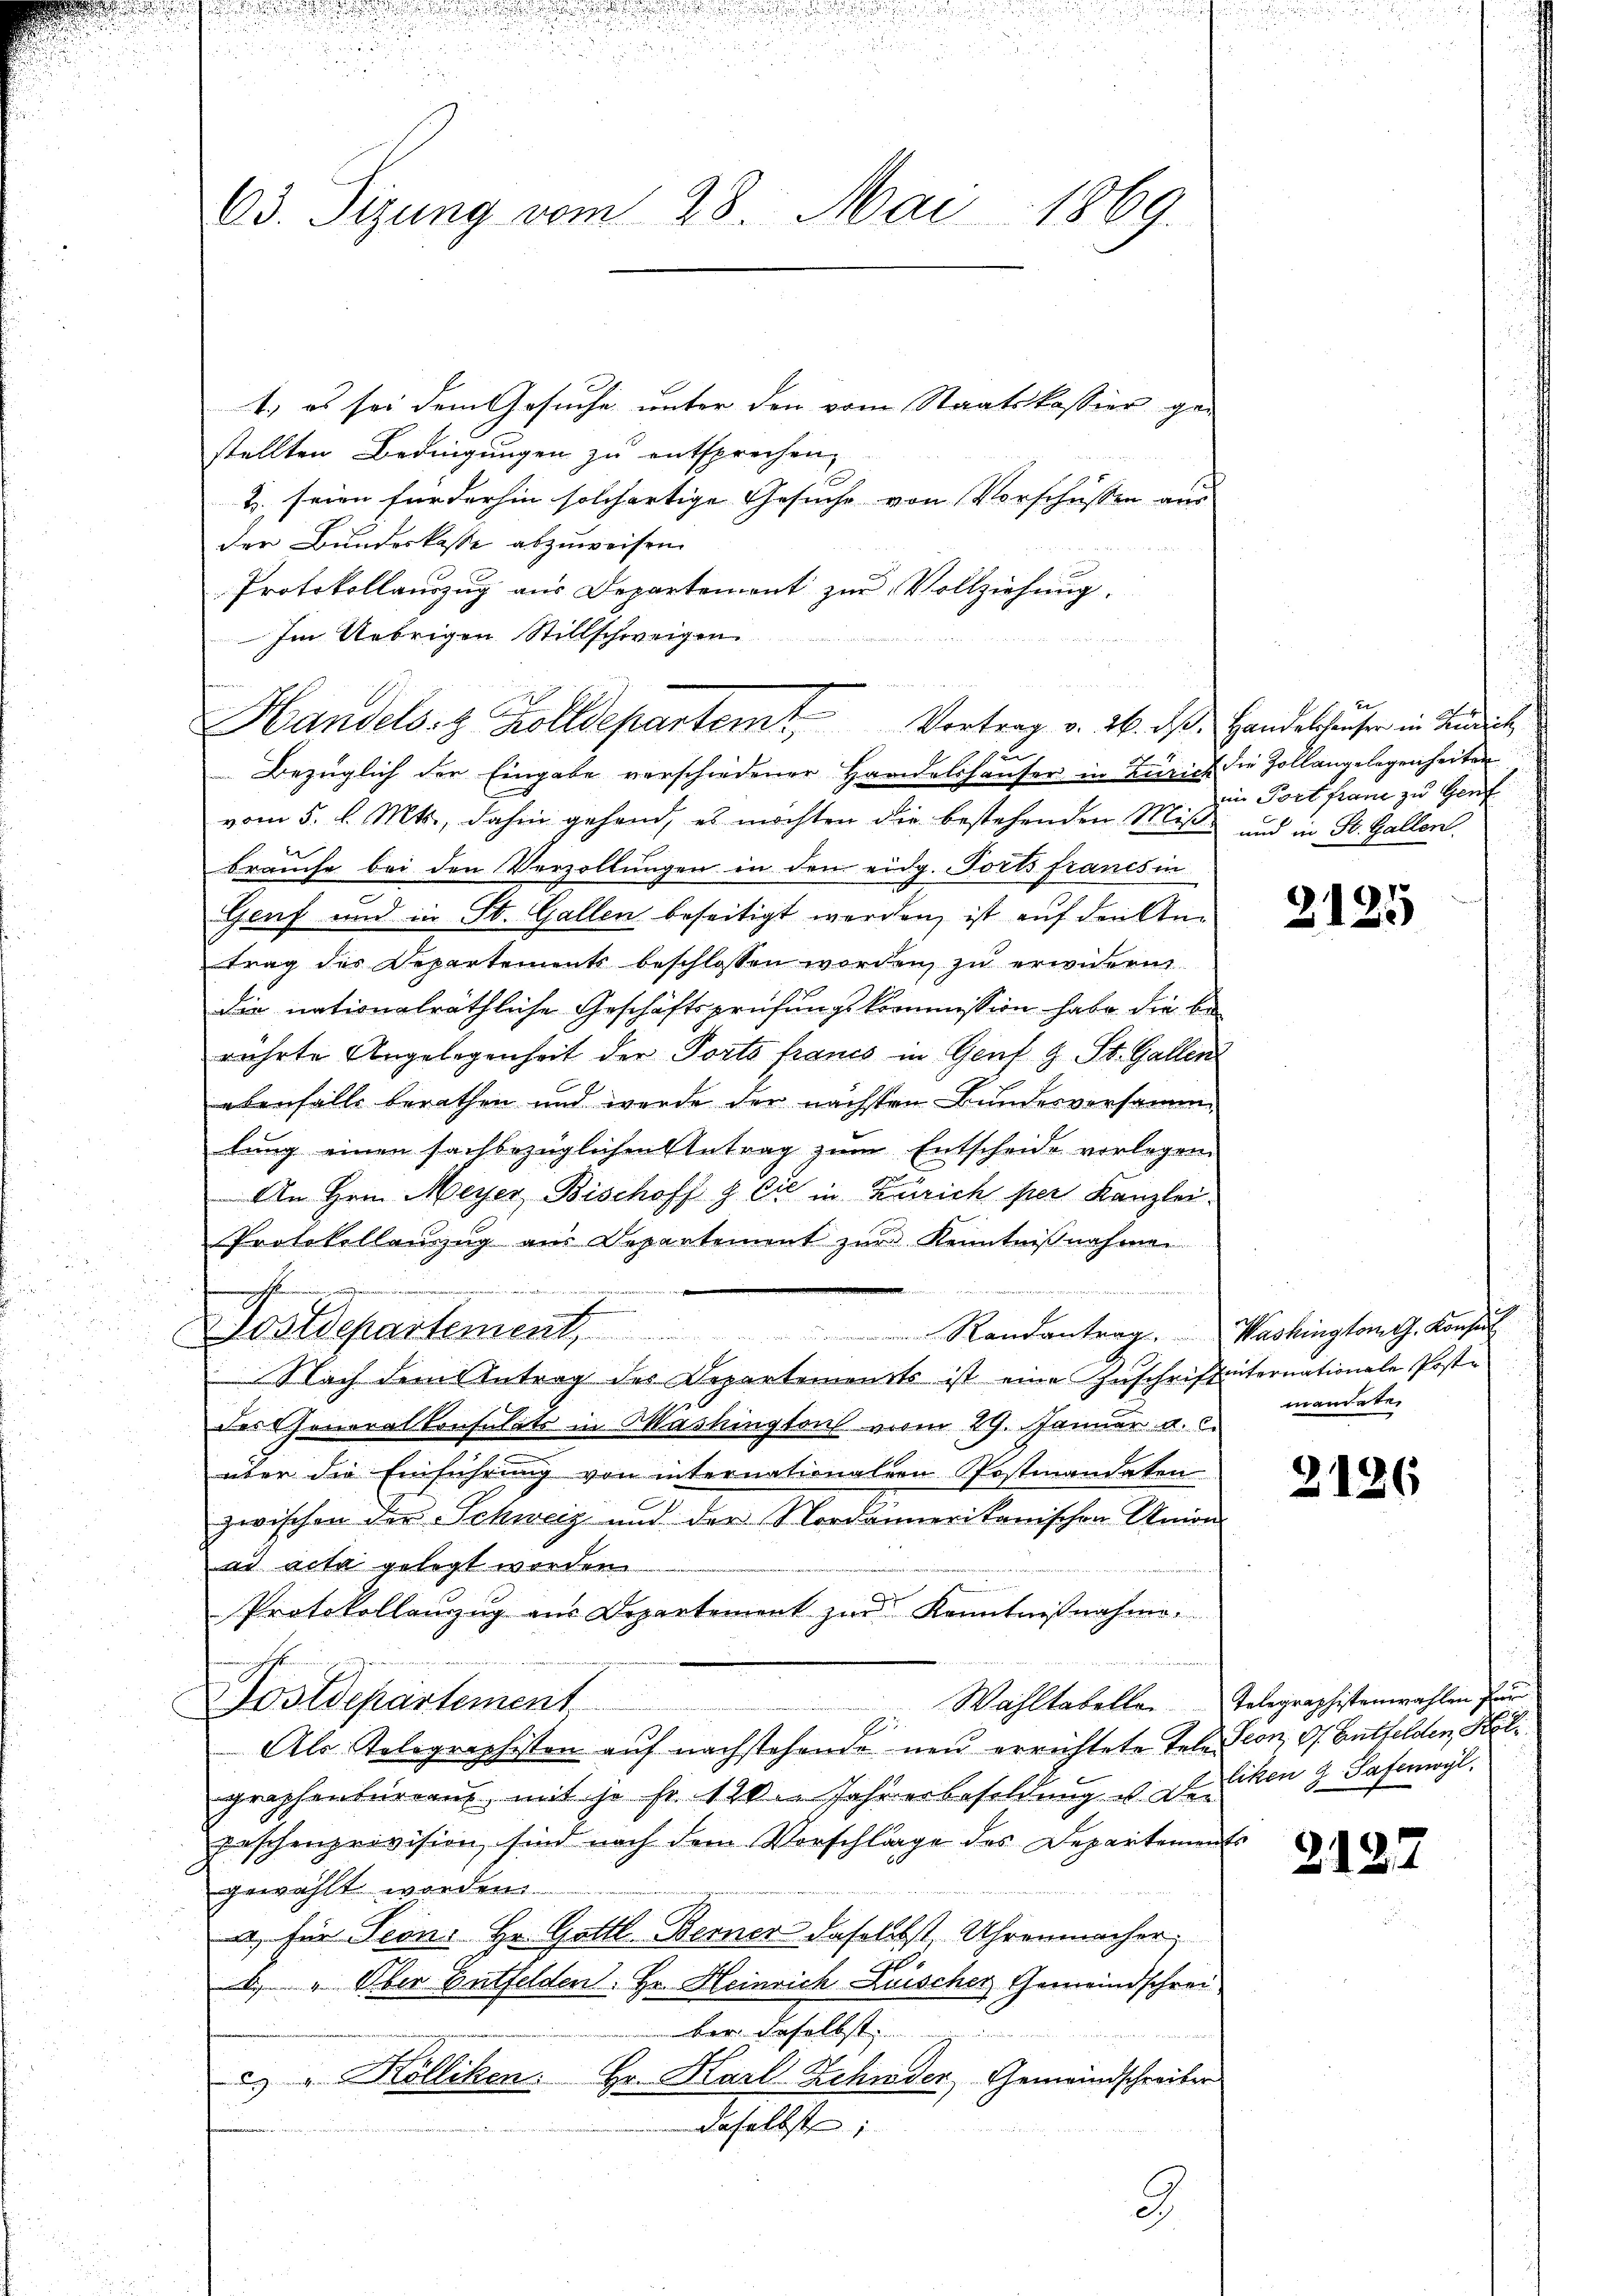
23. Sizung vom 28. Mai 1869.

1.) es sei dem Gesuche unter den vom Staatskassier gestellten Bedingungen zu entsprechen,
2. seien für derhin solchertige Gesuche von Vorschüssen aus
der Bundeskasse abzuweisen.
Protokollauszug aus Departement zur Vollziehung.
Im Uebrigen Stillschweigen
d

Bezüglich der Eingabe verschiedener Handelshäuser in Zürich die Zollangelegenheiten
vom 5. d. Mts., dahin gehend, es möchten die bestehenden Miß- und in St. Gallen.
e
brauche bei den Verzollungen in den eidg. Forts francs in
Genf und in St. Gallen beseitigt werden, ist auf den Antrag des Departements beschlossen worden, zu erwicken
die nationalräthliche Geschäftsprüfungskommission habe die be
rührte Angelegenheit der Ports francs in Genf 9 St. Gallen
ebenfalls berathen und wurde der nächsten Bundesversamme
lung einen sachbezüglichen Antrag zum Entscheide vorlegen.
An Hrn. Meyer Bischoff & Cie in Zürich per Kanzlei¬
Protokollanzug aus Departement zur Kenntnißnahmen.

ahin, und
Dostdepartement, Randantrag. Washington G. Konsul
Nach dem Antrag des Departements ist eine Zuschriftinternationale Poste
des Chonoralkonsulats in Washington vom 29. Januar a. c.
über die Einführung von internationalen Postmandaten
zwischen der Schweiz und der Nordannerikanischen Union
ad acta gelegt worden.
Protokollanzug aus Departement zur Kenntnißnahme.
Postdepartement
Als Telegraphisten auf nachstehende neu errichtete Tele Seon, G. Entfelden, Kol
graphenbüren, mit je sr 120. Jahresbesoldung u. Der
peschenprovision, sind nach dem Vorschläge des Departements
gewählt worden.
a, für Seon, Hr. Gottl. Berner daselbst, Uhrenmacher,
b. " Aber Entfelden: Hr. Heinrich Zwischer Gemeindschreiber daselbst
a. " Kölliken. Hr. Karl-Zehnder Gemeindschreiber
daselbst

ne und un
Handels- & Zolldepartem Vortrag v. 26. ds. Handelshäuser in Endlich
u

9

im Port franz zu Genf

2125

mandaten

2126

Wahltabellen Telegraphistenwahlen für
likon & Safenwyl

2125